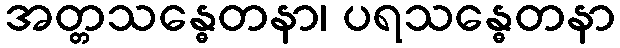
အတ္တသန္ဓေတနာ၊ ပရသန္ဓေတနာ